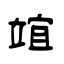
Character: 竩